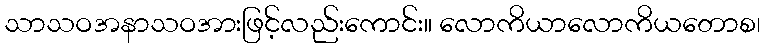
သာသဝအနာသဝအားဖြင့်လည်းကောင်း။ လောကိယာလောကိယတောစ၊